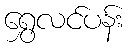
ရွှေလင်ပန်း